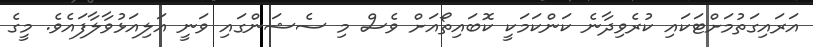
އަރައިގަތުމަށްޓަކައި ކުރެވިދާނެ ކަންކަމަކީ ކޮބައިތޯއަށް ވެސް މި ސެޝަންގައި ވަނީ އަލިއަޅުވާލާފައެވެ. މީގެ